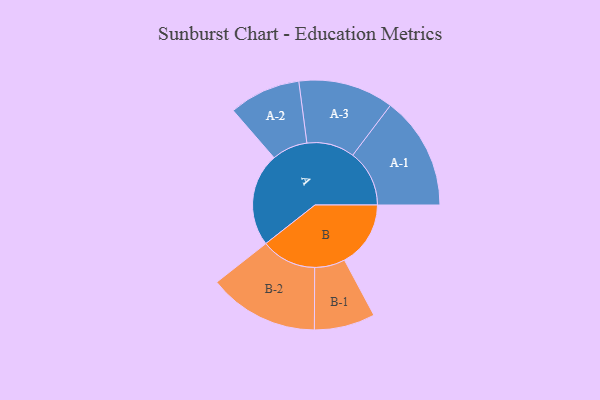
{"axis": {"x": "Segment", "y": "Value"}, "legend": ["", "A", "B"], "data": [{"x": "A", "y": 399, "type": ""}, {"x": "B", "y": 283, "type": ""}, {"x": "A-1", "y": 242, "type": "A"}, {"x": "A-2", "y": 153, "type": "A"}, {"x": "A-3", "y": 204, "type": "A"}, {"x": "B-1", "y": 130, "type": "B"}, {"x": "B-2", "y": 236, "type": "B"}]}